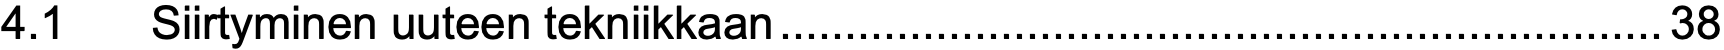
4.1  Siirtyminen uuteen tekniikkaan....................................................................38